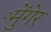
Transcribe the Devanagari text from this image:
॰मुेंगेर